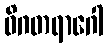
ဝိဂတရာဂေါ